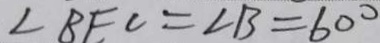
\angle B E C = \angle B = 6 0 ^ { \circ }